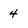
Character: 4